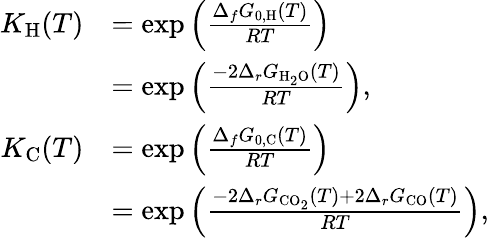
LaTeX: \begin{array}{rl}{K_{\mathrm{H}}(T)}&{=\exp\left(\frac{\Delta_{f}G_{0,\mathrm{H}}(T)}{RT}\right)}\\ &{=\exp\left(\frac{-2\Delta_{r}G_{\mathrm{H}_{2}\mathrm{O}}(T)}{RT}\right),}\\ {K_{\mathrm{C}}(T)}&{=\exp\left(\frac{\Delta_{f}G_{0,\mathrm{C}}(T)}{RT}\right)}\\ &{=\exp\left(\frac{-2\Delta_{r}G_{\mathrm{CO}_{2}}(T)+2\Delta_{r}G_{\mathrm{CO}}(T)}{RT}\right),}\end{array}